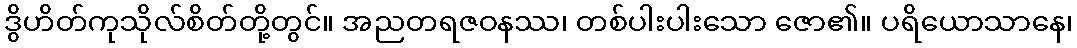
ဒွိဟိတ်ကုသိုလ်စိတ်တို့တွင်။ အညတရဇဝနဿ၊ တစ်ပါးပါးသော ဇော၏။ ပရိယောသာနေ၊